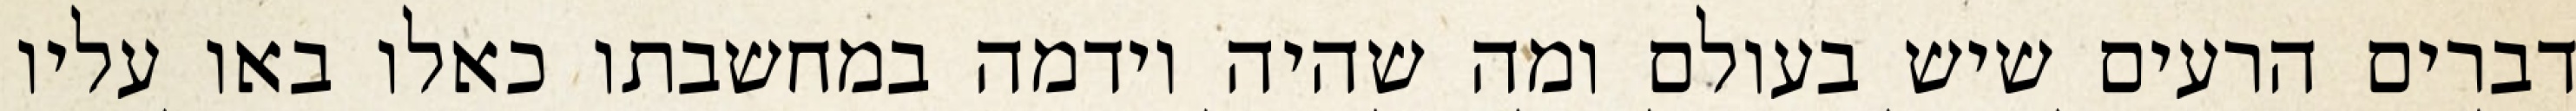
דברים הרעים שיש בעולם ומה שהיה וידמה במחשבתו כאלו באו עליו